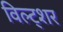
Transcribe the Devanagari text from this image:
विल्ट्शर